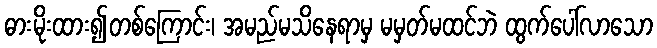
ဓားမိုးထား၍တစ်ကြောင်း၊ အမည်မသိနေရာမှ မမှတ်မထင်ဘဲ ထွက်ပေါ်လာသော